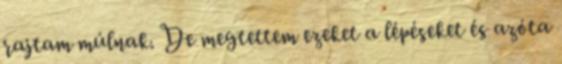
rajtam múlnak. De megtettem ezeket a lépéseket és azóta